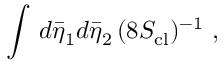
\int \, d { \bar { \eta } } _ { 1 } d { \bar { \eta } } _ { 2 } \, ( 8 S _ { \mathrm { c l } } ) ^ { - 1 } \ ,